Second report of the anti-malarial operations at Mian Mir, 1901-1903 - Number 9
Year: 1901
Disease focus: Malaria
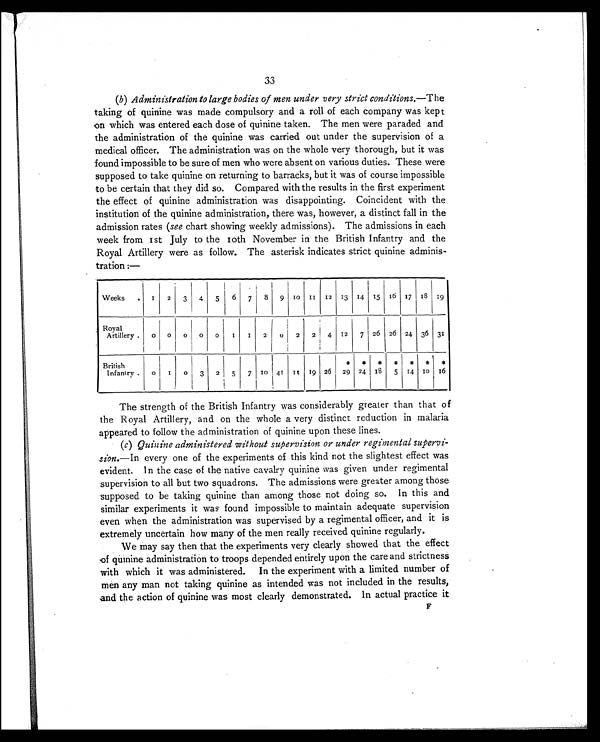
33
(b) Administration to large bodies of men under very strict conditions.— The
taking of quinine was made compulsory and a roll of each company was kept
on which was entered each dose of quinine taken. The men were paraded and
the administration of the quinine was carried out under the supervision of a
medical officer. The administration was on the whole very thorough, but it was
found impossible to be sure of men who were absent on various duties. These were
supposed to take quinine on returning to barracks, but it was of course impossible
to be certain that they did so. Compared with the results in the first experiment
the effect of quinine administration was disappointing. Coincident with the
institution of the quinine administration, there was, however, a distinct fall in the
admission rates ( see chart showing weekly admissions). The admissions in each
week from 1st July to the 10th November in the British Infantry and the
Royal Artillery were as follow. The asterisk indicates strict quinine adminis-
tration :—
Weeks .
1 2
3
4
5
6
7
8
9 1 0
1 1 12 13 14 15
1 6 17 1 8 19
Royal
Artillery .
0 0
0 0
0
1
1
2
0
2 2 4 12
7 26 26 24 36 31
British
Infantry .
0 1
0
3 2
5
7
1 0
41
1 1 19 26
*
29
*
24
*
1 8
*
5
*
14
*
1 0
*
16
The strength of the British Infantry was considerably greater than that of
the Royal Artillery, and on the whole a very distinct reduction in malaria
appeared to follow the administration of quinine upon these lines.
(c) Quinine administered without supervision or under regimentals supervi-
sion.—In every one of the experiments of this kind not the slightest effect was
evident. In the case of the native cavalry quinine was given under regimental
supervision to all but two squadrons. The admissions were greater among those
supposed to be taking quinine than among those not doing so. In this and
similar experiments it was found impossible to maintain adequate supervision
even when the administration was supervised by a regimental officer, and it is
extremely uncertain how many of the men really received quinine regularly.
We may say then that the experiments very clearly showed that the effect
of quinine administration to troops depended entirely upon the care and strictness
with which it was administered. In the experiment with a limited number of
men any man not taking quinine as intended was not included in the results,
and the action of quinine was most clearly demonstrated. In actual practice it